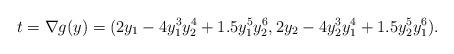
LaTeX: \begin{align*}t=\nabla g(y)=(2y_{1}-4y_{1}^{3}y_{2}^{4}+1.5y_{1}^{5}y_{2}^{6},2y_{2}-4y_{2}^{3}y_{1}^{4}+1.5y_{2}^{5}y_{1}^{6}).\end{align*}